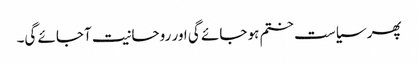
پھر سیاست ختم ہو جائے گی اور روحانیت آجائے گی۔